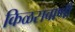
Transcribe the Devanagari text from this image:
किळसवाणी